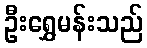
ဦးရွှေမန်းသည်